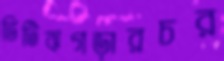
ভিটিঝগড়ারচর